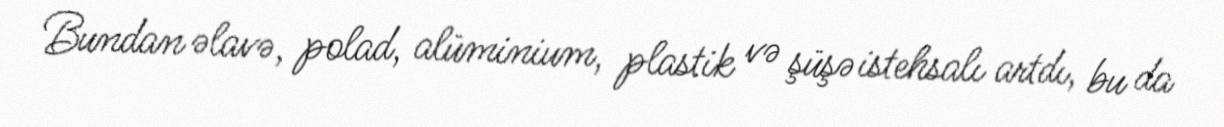
Bundan əlavə, polad, alüminium, plastik və şüşə istehsalı artdı, bu da